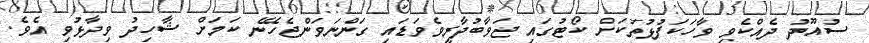
ސުއޫދު ދެއްކެވި ވާހަކަފުޅުތަކަށް ކޯޓުގައި ޖަވާބުދާރީވެވަޑައި ގަންނަވަންޖެހޭނެ ކަމަށް ޝާހިދު ވިދާޅުވި އެވެ.